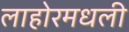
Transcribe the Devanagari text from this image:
लाहोरमधली